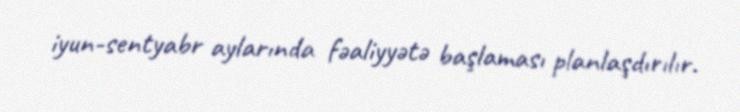
iyun-sentyabr aylarında fəaliyyətə başlaması planlaşdırılır.